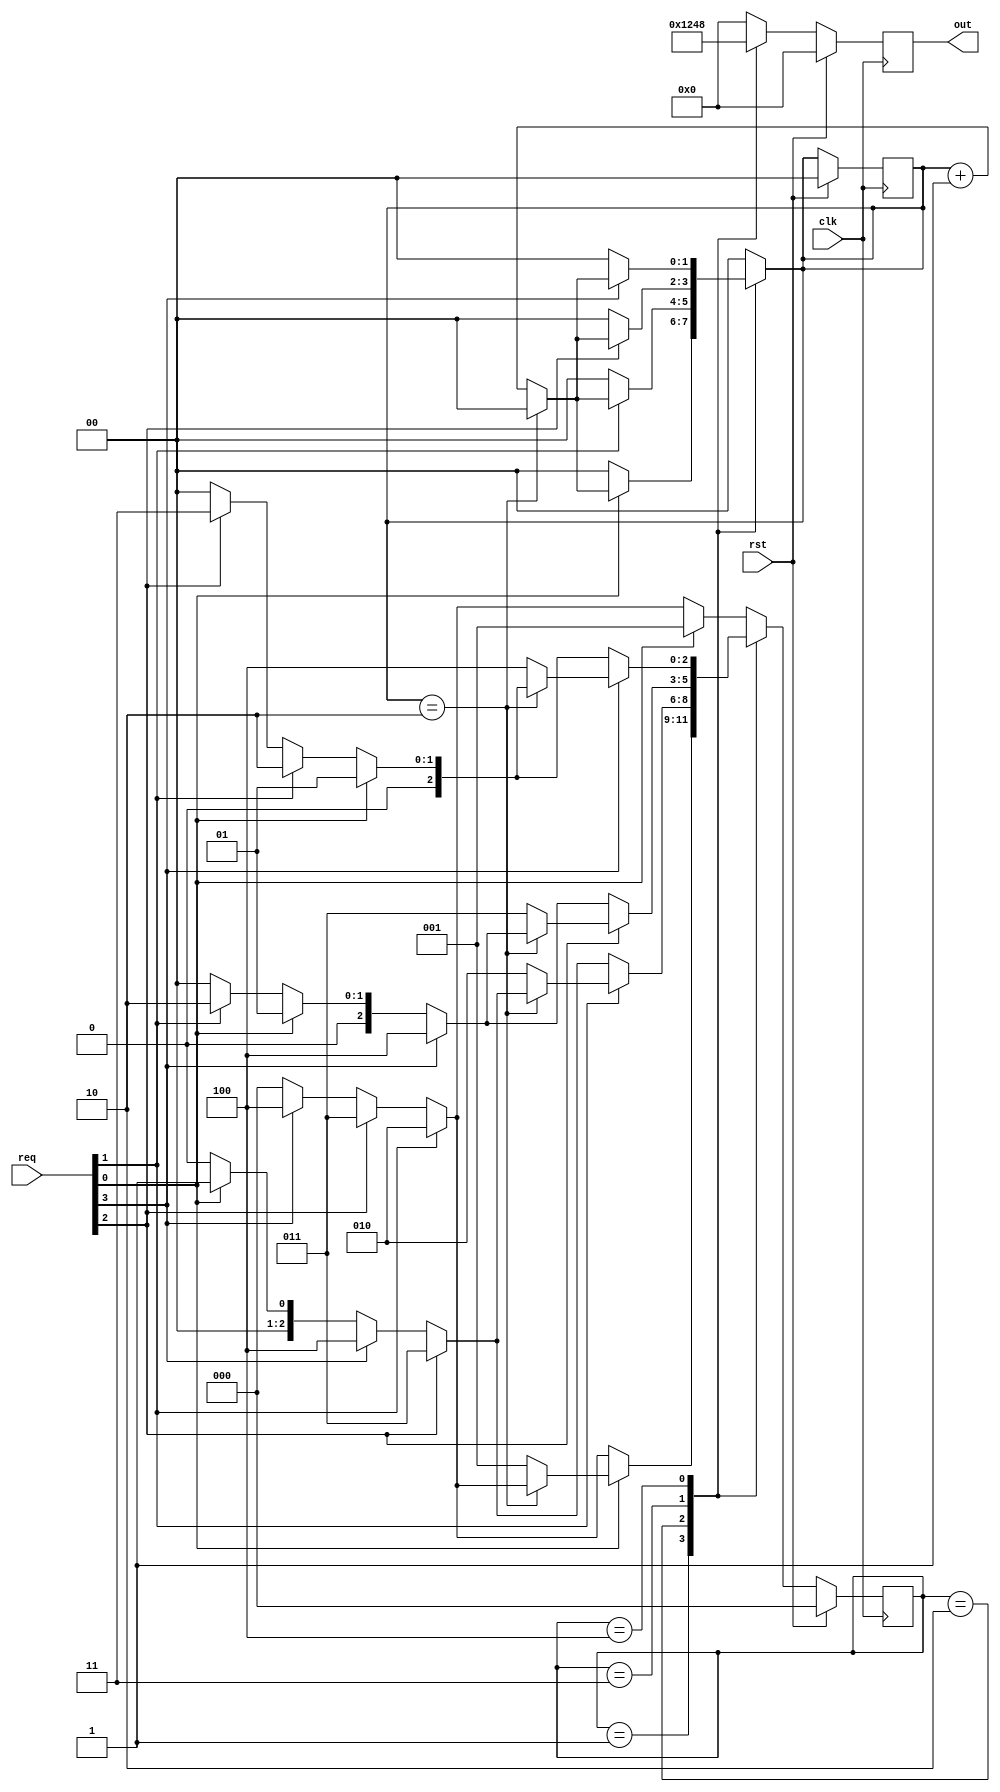
module round_robin_variable_time
#(
    parameter ideal_state = 3'b000,
    parameter state_0 = 3'b001,
    parameter state_1 = 3'b010,
    parameter state_2 = 3'b011,
    parameter state_3 = 3'b100
)
(
    input clk,rst,
    input [3:0] req,
    output reg [3:0] out
);

    reg [2:0] present_state;
    reg [2:0] next_state;
    reg [1:0] count;

    always@(posedge clk) begin
        if (rst == 1'b1) begin
            present_state <= ideal_state;
            count <= 2'b00;
        end
        else begin
            present_state <= next_state;
            count <= count;
        end
    end

    always@(present_state or next_state or req) begin
        case(present_state)
            ideal_state : begin
                count = 2'b00;
                if (req[0]) begin
                    next_state = state_0;
                end
                else if (req[1]) begin
                    next_state = state_1;
                end
                else if (req[2]) begin
                    next_state = state_2;
                end
                else if (req[3]) begin
                    next_state = state_3;
                end
                else begin
                    next_state = ideal_state;
                end
            end

            state_0 : begin
                if (req[0]) begin
                    if (count == 2'b10) begin
                        if (req[1]) begin
                            count = 2'b00;
                            next_state = state_1;
                        end
                        else if (req[2]) begin
                            count = 2'b00;
                            next_state = state_2;
                        end
                        else if (req[3]) begin
                            count = 2'b00;
                            next_state = state_3;
                        end
                        else begin
                            count = 2'b00;
                            next_state = ideal_state;
                        end
                    end
                    else begin
                        count = count + 1'b1;
                        next_state = state_0;
                    end
                end
                else if (req[1]) begin
                    count = 2'b00;
                    next_state = state_1;
                end
                else if (req[2]) begin
                    count = 2'b00;
                    next_state = state_2;
                end
                else if (req[3]) begin
                    count = 2'b00;
                    next_state = state_3;
                end
                else begin
                    count = 2'b00;
                    next_state = ideal_state;
                end
            end

            state_1 : begin
                if (req[1]) begin
                    if (count == 2'b10) begin
                        if (req[2]) begin
                            count = 2'b00;
                            next_state = state_2;
                        end
                        else if (req[3]) begin
                            count = 2'b00;
                            next_state = state_3;
                        end
                        else if (req[0]) begin
                            count = 2'b00;
                            next_state = state_0;
                        end
                        else begin
                            count = 2'b00;
                            next_state = ideal_state;
                        end
                    end
                    else begin
                        count = count + 1'b1;
                        next_state = state_1;
                    end
                end
                else if (req[2]) begin
                    count = 2'b00;
                    next_state = state_2;
                end
                else if (req[3]) begin
                    count = 2'b00;
                    next_state = state_3;
                end
                else if (req[0]) begin
                    count = 2'b00;
                    next_state = state_0;
                end
                else begin
                    count = 2'b00;
                    next_state = ideal_state;
                end
            end

            state_2: begin
                if (req[2]) begin
                    if (count == 2'b10) begin
                        if (req[3]) begin
                            count = 2'b00;
                            next_state = state_3;
                        end
                        else if (req[0]) begin
                            count = 2'b00;
                            next_state = state_0;
                        end
                        else if (req[1]) begin
                            count = 2'b00;
                            next_state = state_1;
                        end
                        else begin
                            count = 2'b00;
                            next_state = ideal_state;
                        end
                    end
                    else begin
                        count = count + 1'b1;
                        next_state = state_2;
                    end
                end
                else if (req[3]) begin
                    count = 2'b00;
                    next_state = state_3;
                end
                else if (req[0]) begin
                    count = 2'b00;
                    next_state = state_0;
                end
                else if (req[1]) begin
                    count = 2'b00;
                    next_state = state_1;
                end
                else begin
                    count = 2'b00;
                    next_state = ideal_state;
                end
            end

            state_3: begin
                if (req[3]) begin
                    if (count == 2'b10) begin
                        if (req[0]) begin
                            count = 2'b00;
                            next_state = state_0;
                        end
                        else if (req[1]) begin
                            count = 2'b00;
                            next_state = state_1;
                        end
                        else if (req[2]) begin
                            count = 2'b00;
                            next_state = state_2;
                        end
                        else begin
                            count = 2'b00;
                            next_state = ideal_state;
                        end
                    end
                    else begin
                        count = count + 1'b1;
                        next_state = state_3;
                    end
                end
                else if (req[0]) begin
                    count = 2'b00;
                    next_state = state_0;
                end
                else if (req[1]) begin
                    count = 2'b00;
                    next_state = state_1;
                end
                else if (req[2]) begin
                    count = 2'b00;
                    next_state = state_2;
                end
                else begin
                    count = 2'b00;
                    next_state = ideal_state;
                end
            end

            default: begin
                count = 2'b00;
                if (req[0]) begin
                    next_state = state_0;
                end
                else if (req[1]) begin
                    next_state = state_1;
                end
                else if (req[2]) begin
                    next_state = state_2;
                end
                else if (req[3]) begin
                    next_state = state_3;
                end
                else begin
                    next_state = ideal_state;
                end
            end
        endcase
    end

    always @(posedge clk) begin
        if(rst == 1'b1) begin
            out <= 4'b0000;
        end
        else begin
            case (present_state)
                state_0: begin
                    out <= 4'b0001;
                end
                state_1: begin
                    out <= 4'b0010;
                end
                state_2: begin
                    out <= 4'b0100;
                end
                state_3: begin
                    out <= 4'b1000;
                end
                default: begin
                    out <= 4'b0000;
                end
            endcase
        end
    end

endmodule